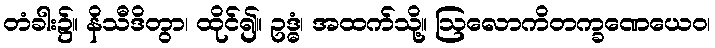
တံခါး၌။ နိသီဒိတွာ၊ ထိုင်၍။ ဥဒ္ဓံ၊ အထက်သို့။ ဩလောကိတက္ခဏေယေဝ၊